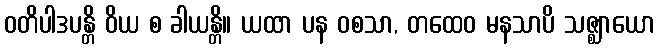
ဝတိပါဒပန္တိ ဝိယ စ ခါယန္တိ။ ယထာ ပန ဝစသာ, တထေဝ မနသာပိ သဇ္ဈာယော